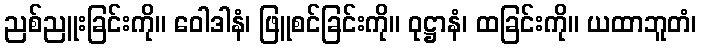
ညစ်ညူးခြင်းကို။ ဝေါဒါနံ၊ ဖြူစင်ခြင်းကို။ ဝုဋ္ဌာနံ၊ ထခြင်းကို။ ယထာဘူတံ၊